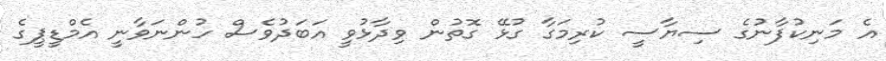
އެ މަނިކުފާނުގެ ސިޔާސީ ކުރިމަގާ ގުޅޭ ގޮތުން ވިދާޅުވީ އަބަދުވެސް ހުންނަވާނީ އެމްޑީޕީގެ